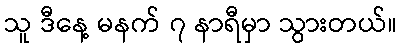
သူ ဒီနေ့ မနက် ၇ နာရီမှာ သွားတယ်။